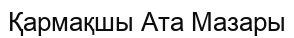
Қармақшы Ата Мазары